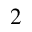
^ 2